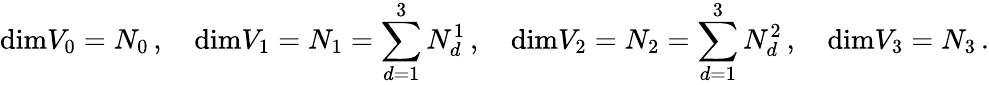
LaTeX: \textnormal{dim}V_{0}=N_{0}\, ,\quad\textnormal{dim}V_{1}=N_{1}=\sum_{d=1}^{3}N_{d}^{1}\, ,\quad\textnormal{dim}V_{2}=N_{2}=\sum_{d=1}^{3}N_{d}^{2}\, ,\quad\textnormal{dim}V_{3}=N_{3}\, .